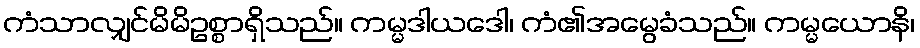
ကံသာလျှင်မိမိဥစ္စာရှိသည်။ ကမ္မဒါယဒေါ၊ ကံ၏အမွေခံသည်။ ကမ္မယောနိ၊